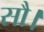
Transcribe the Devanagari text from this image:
सौ।